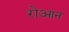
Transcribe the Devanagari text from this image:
रोआन